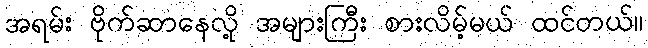
အရမ်း ဗိုက်ဆာနေလို့ အများကြီး စားလိမ့်မယ် ထင်တယ်။